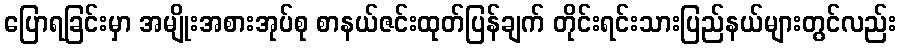
ပြောရခြင်းမှာ အမျိုးအစားအုပ်စု စာနယ်ဇင်းထုတ်ပြန်ချက် တိုင်းရင်းသားပြည်နယ်များတွင်လည်း